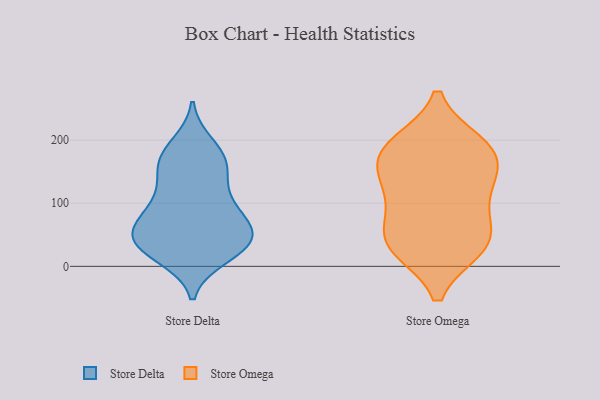
{"axis": {"x": "Operating Costs (USD K)", "y": "Value"}, "legend": ["Store Delta", "Store Omega"], "data": [{"x": "", "y": 177, "type": "Store Delta"}, {"x": "", "y": 101, "type": "Store Delta"}, {"x": "", "y": 44, "type": "Store Delta"}, {"x": "", "y": 23, "type": "Store Delta"}, {"x": "", "y": 65, "type": "Store Delta"}, {"x": "", "y": 48, "type": "Store Delta"}, {"x": "", "y": 55, "type": "Store Delta"}, {"x": "", "y": 33, "type": "Store Delta"}, {"x": "", "y": 69, "type": "Store Delta"}, {"x": "", "y": 192, "type": "Store Delta"}, {"x": "", "y": 95, "type": "Store Delta"}, {"x": "", "y": 170, "type": "Store Delta"}, {"x": "", "y": 134, "type": "Store Delta"}, {"x": "", "y": 163, "type": "Store Delta"}, {"x": "", "y": 33, "type": "Store Delta"}, {"x": "", "y": 16, "type": "Store Delta"}, {"x": "", "y": 91, "type": "Store Delta"}, {"x": "", "y": 37, "type": "Store Delta"}, {"x": "", "y": 150, "type": "Store Delta"}, {"x": "", "y": 101, "type": "Store Omega"}, {"x": "", "y": 121, "type": "Store Omega"}, {"x": "", "y": 184, "type": "Store Omega"}, {"x": "", "y": 194, "type": "Store Omega"}, {"x": "", "y": 29, "type": "Store Omega"}, {"x": "", "y": 152, "type": "Store Omega"}, {"x": "", "y": 48, "type": "Store Omega"}, {"x": "", "y": 180, "type": "Store Omega"}, {"x": "", "y": 137, "type": "Store Omega"}, {"x": "", "y": 65, "type": "Store Omega"}, {"x": "", "y": 189, "type": "Store Omega"}, {"x": "", "y": 30, "type": "Store Omega"}, {"x": "", "y": 31, "type": "Store Omega"}]}